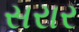
સરાર